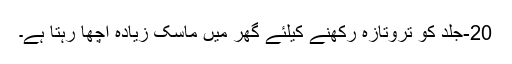
20-جلد کو تروتازہ رکھنے کیلئے گھر میں ماسک زیادہ اچھا رہتا ہے۔